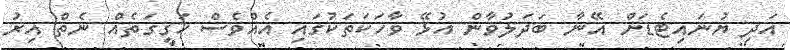
އަދި ޔުނައިޓެޑަށް އޭނާ ބަދަލުވާން އުޅޭ ވާހަކަތަކުގައި އެއްވެސް ހަގީގަތެއް ނެތް އިރު